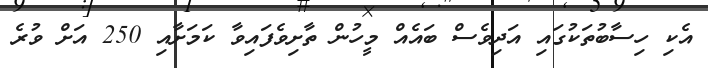
އެކި ހިސާބުތަކުގައި އަދިވެސް ބައެއް މީހުން ތާށިވެފައިވާ ކަމަށާއި 250 އަށް ވުރެ